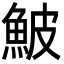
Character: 鮍